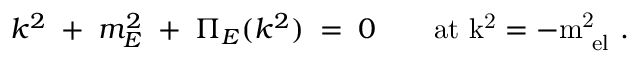
k ^ { 2 } \; + \; m _ { E } ^ { 2 } \; + \; \Pi _ { E } ( k ^ { 2 } ) \; = \; 0 \qquad \mathrm { a t ~ k ^ { 2 } = - m _ { \mathrm { ~ e l } } ^ { 2 } ~ } .